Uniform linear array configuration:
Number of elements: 48
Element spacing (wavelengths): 0.25
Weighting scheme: binomial
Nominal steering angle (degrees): -30
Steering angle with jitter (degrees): -31.009
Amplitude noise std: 0.05
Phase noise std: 0.05

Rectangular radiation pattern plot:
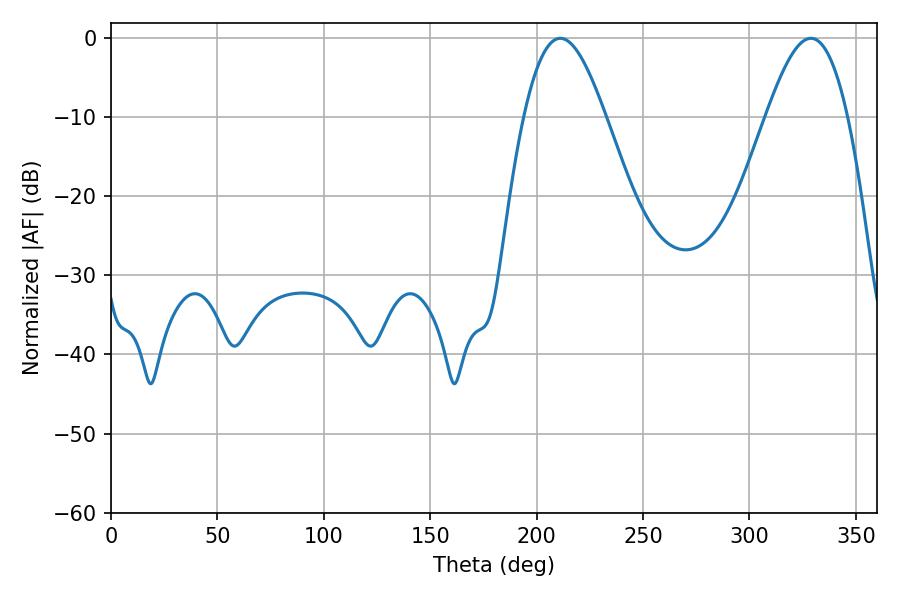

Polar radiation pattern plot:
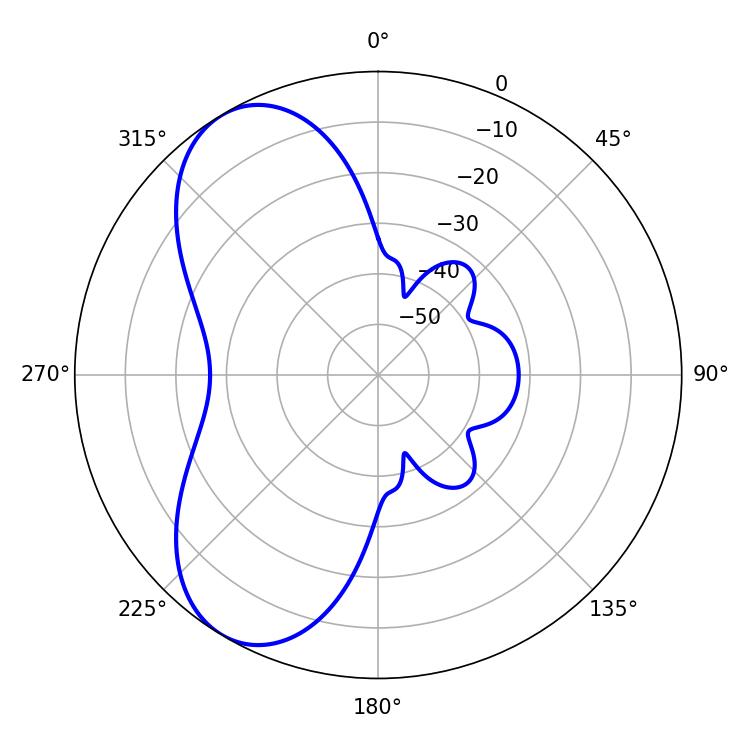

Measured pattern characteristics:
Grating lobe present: FALSE
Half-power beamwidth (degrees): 20.7
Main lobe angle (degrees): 211.14